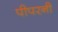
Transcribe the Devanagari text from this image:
पीपरनी